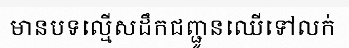
មានបទល្មើសដឹកជញ្ជូនឈើទៅលក់